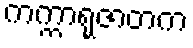
ကက္ကာရုဇာတက